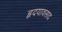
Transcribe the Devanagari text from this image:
हृदयावसाद